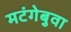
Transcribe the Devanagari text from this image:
मटंगेबुवा